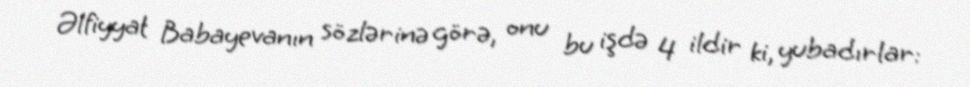
Əlfiyyat Babayevanın sözlərinə görə, onu bu işdə 4 ildir ki, yubadırlar: